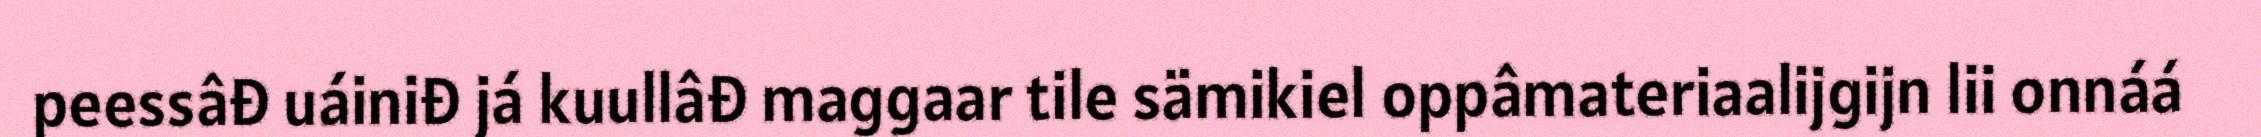
peessâđ uáiniđ já kuullâđ maggaar tile sämikiel oppâmateriaalijgijn lii onnáá